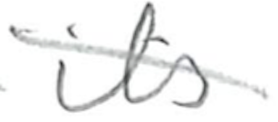
Text: its
Cross-out: diagonal
Writing tool: pencil